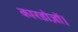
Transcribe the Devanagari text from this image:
कारडोज़ों।